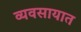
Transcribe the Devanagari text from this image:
व्‍यवसायात